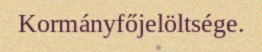
Kormányfőjelöltsége.